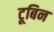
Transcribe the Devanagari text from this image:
टूबिन